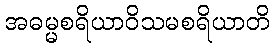
အဓမ္မစရိယာဝိသမစရိယာတိ